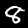
Label: 8